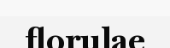
florulae